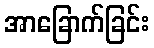
အာခြောက်ခြင်း